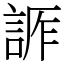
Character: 𧨊